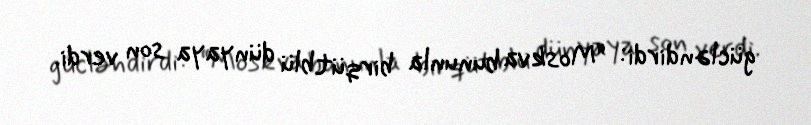
gücləndirdi: “Moskva bununla birqütblü dünyaya son verdi.